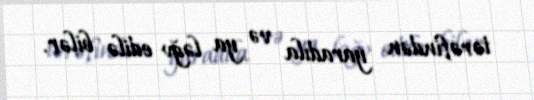
tərəfindən yaradıla və ya ləğv edilə bilər.